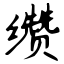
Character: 缵